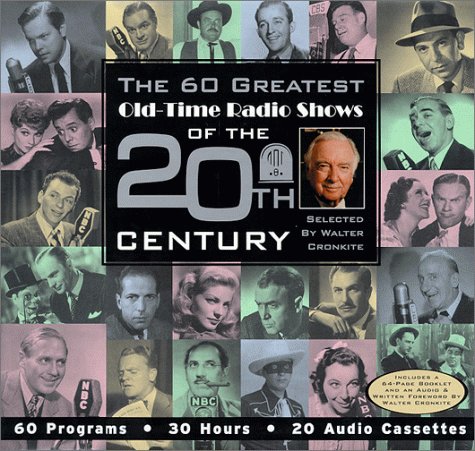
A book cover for The 60 Greatest Old-Time Radio Shows of the 20th Century selected by Walter Cronkite; Radio Spirits; Humor & Entertainment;